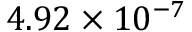
4 . 9 2 \times 1 0 ^ { - 7 }